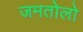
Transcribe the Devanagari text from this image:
जमतोलो